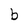
Character: b